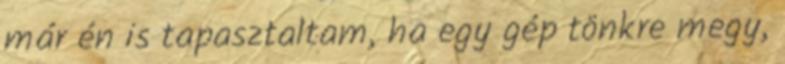
már én is tapasztaltam, ha egy gép tönkre megy,